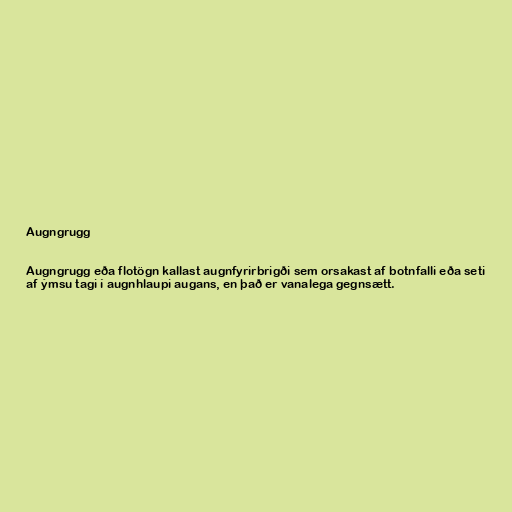
Augngrugg

Augngrugg eða flotögn kallast augnfyrirbrigði sem orsakast af botnfalli eða seti
af ýmsu tagi í augnhlaupi augans, en það er vanalega gegnsætt.